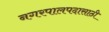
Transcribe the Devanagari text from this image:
नगरपालपदासाठी